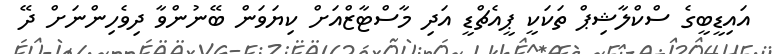
އައިޑީބީގެ ސްކްލާޝިޕް ތަކަކީ ޕީއެޗްޑީ އަދި މާސްޓާޒްއަށް ކިޔަވަން ބޭނުންވާ ދިވެހިންނަށް ދޭ